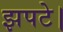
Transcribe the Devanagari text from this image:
झपटे।